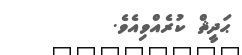
ޙަދީޘް ކުރެއްވިއެވެ.